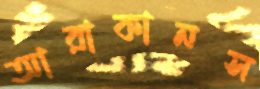
আরাকানস